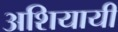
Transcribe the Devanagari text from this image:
अशियायी